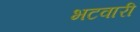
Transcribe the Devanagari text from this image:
भटवारी